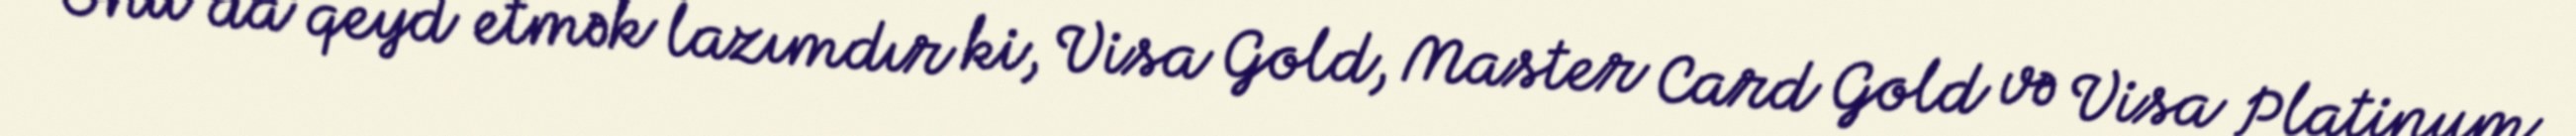
Onu da qeyd etmək lazımdır ki, Visa Gold, Master Card Gold və Visa Platinum